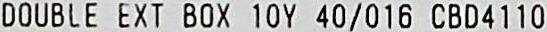
DOUBLE EXT BOX 10Y 40/016 CBD4110